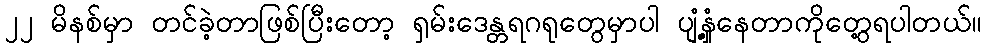
၂၂ မိနစ်မှာ တင်ခဲ့တာဖြစ်ပြီးတော့ ရှမ်းဒေန္တရဂရုတွေမှာပါ ပျံ့နှံ့နေတာကိုတွေ့ရပါတယ်။